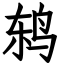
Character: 鸫